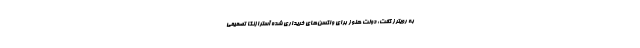
به رویترز گفت: دولت هنوز برای واکسن‌های خریداری شده آسترازنکا تصمیمی